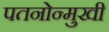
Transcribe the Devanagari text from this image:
पतनोन्मुखी